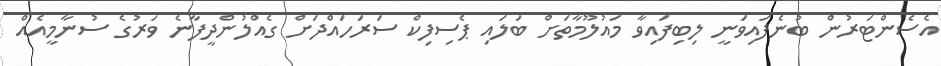
އެސެންޓަރުން ބުނެފައިވަނީ ލިބިފައިވާ މައުލޫމާތަށް ބަލައި ޕެސިފިކް ސަރަހައްދަށް ގެއްލުންދީފާނެ ވަރުގެ ސުނާމީއެއް